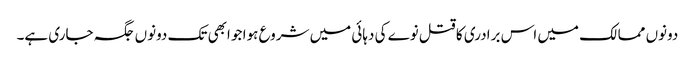
دونوں ممالک میں اس برادری کا قتل نوے کی دہائی میں شروع ہوا جو ابھی تک دونوں جگہ جاری ہے۔